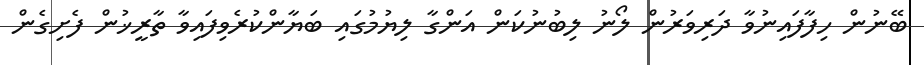
ބޭނުން ހިފާފައިނުވާ ދަރިވަރުން ލޯނު ލިބުނުކަން އަންގާ ލިޔުމުގައި ބަޔާންކުރެވިފައިވާ ތާރީޚުން ފެށިގެން